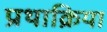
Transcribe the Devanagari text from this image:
प्रथाक्रिया